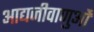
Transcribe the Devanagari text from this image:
आद्यजीवाणुओं